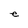
Character: e